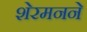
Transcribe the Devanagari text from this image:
शेरमनने